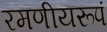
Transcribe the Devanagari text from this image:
रमणीयरूपं